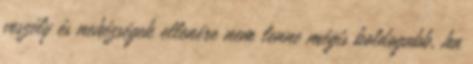
veszély és nehézségek ellenére nem lenne mégis boldogabb, ha